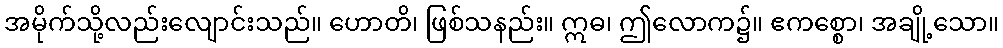
အမိုက်သို့လည်းလျောင်းသည်။ ဟောတိ၊ ဖြစ်သနည်း။ ဣဓ၊ ဤလောက၌။ ဧကစ္စော၊ အချို့သော။